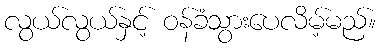
လွယ်လွယ်နှင့် ဝန်ခံသွားပေလိမ့်မည်။